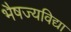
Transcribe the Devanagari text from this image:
भैषज्यविद्या